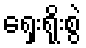
ရှေးရိုးစွဲ